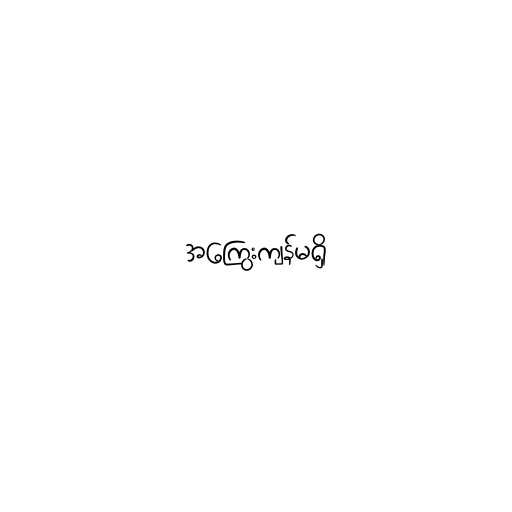
အကြွေးကျန်မရှိ